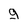
Character: g